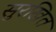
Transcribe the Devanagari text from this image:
सुरखित